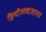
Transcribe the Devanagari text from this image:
हिन्दीशब्दसागर